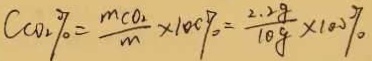
C \cos 2 \% = \frac { m C O _ { 2 } } { m } \times 1 0 0 \% = \frac { 2 . 2 8 } { 1 0 g } \times 1 0 0 \%